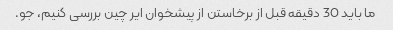
ما باید 30 دقیقه قبل از برخاستن از پیشخوان ایر چین بررسی کنیم، جو.